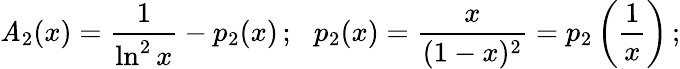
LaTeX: {\cal\mathit{A}}_{2}(x)=\frac{{1}}{{\ln^{2}x}}-p_{2}(x)\, ;\ \ \, p_{2}(x)=\frac{{x}}{{(1-x)^{2}}}=p_{2}\left(\frac{{1}}{{x}}\right)\, ;